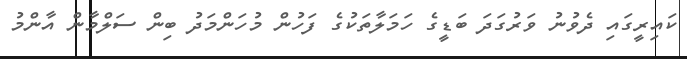
ކައިރީގައި ދެވުނު ވަރުގަދަ ބަޑީގެ ހަމަލާތަކުގެ ފަހުން މުހަންމަދު ބިން ސަލްމާން އާންމު